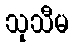
သုသီမ